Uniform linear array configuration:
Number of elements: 8
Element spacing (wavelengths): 1
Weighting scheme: uniform
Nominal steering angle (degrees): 60
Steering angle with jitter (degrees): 59.399
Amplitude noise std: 0.05
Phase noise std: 0.05

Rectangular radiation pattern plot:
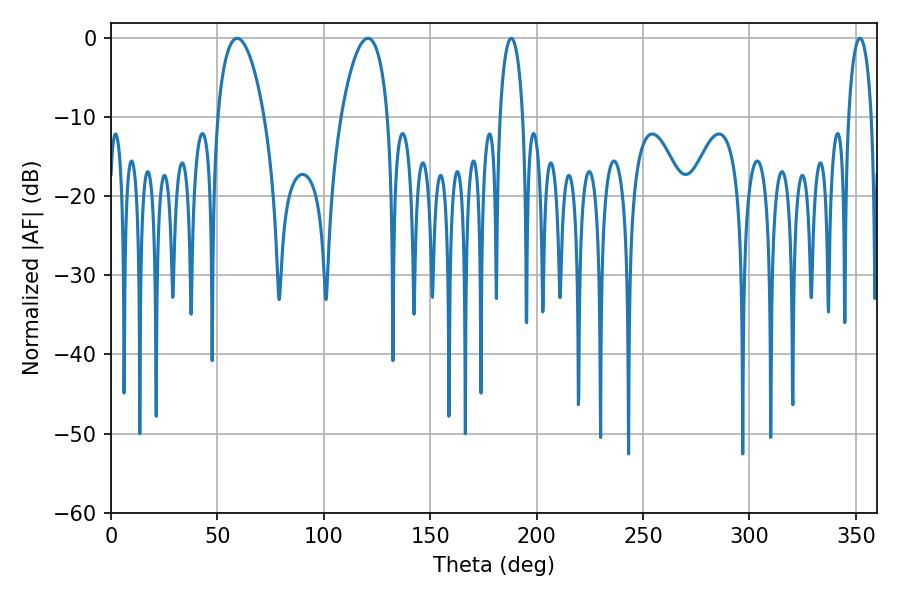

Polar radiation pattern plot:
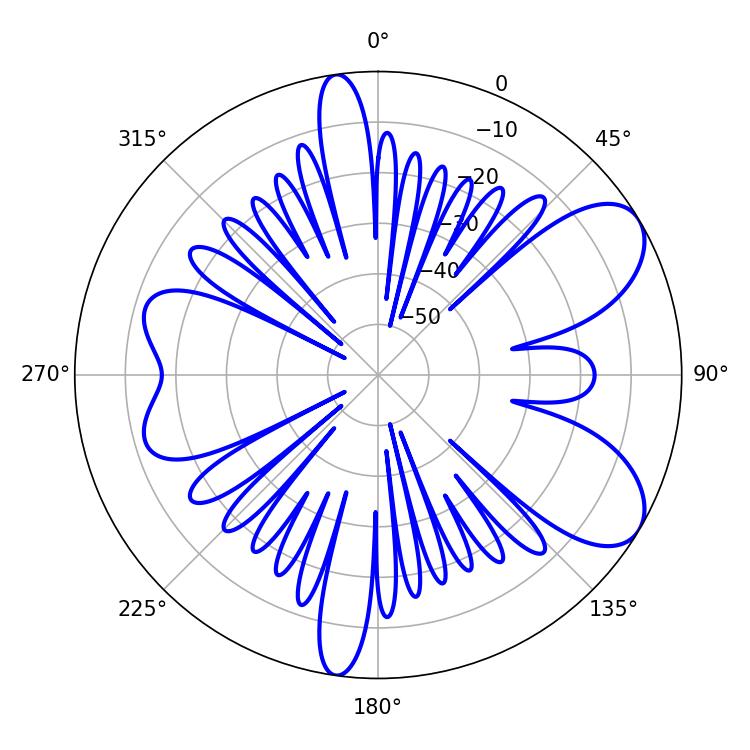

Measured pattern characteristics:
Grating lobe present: TRUE
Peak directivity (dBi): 7.809
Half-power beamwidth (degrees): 12.42
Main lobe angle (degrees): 120.78